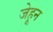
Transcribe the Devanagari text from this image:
जेहून